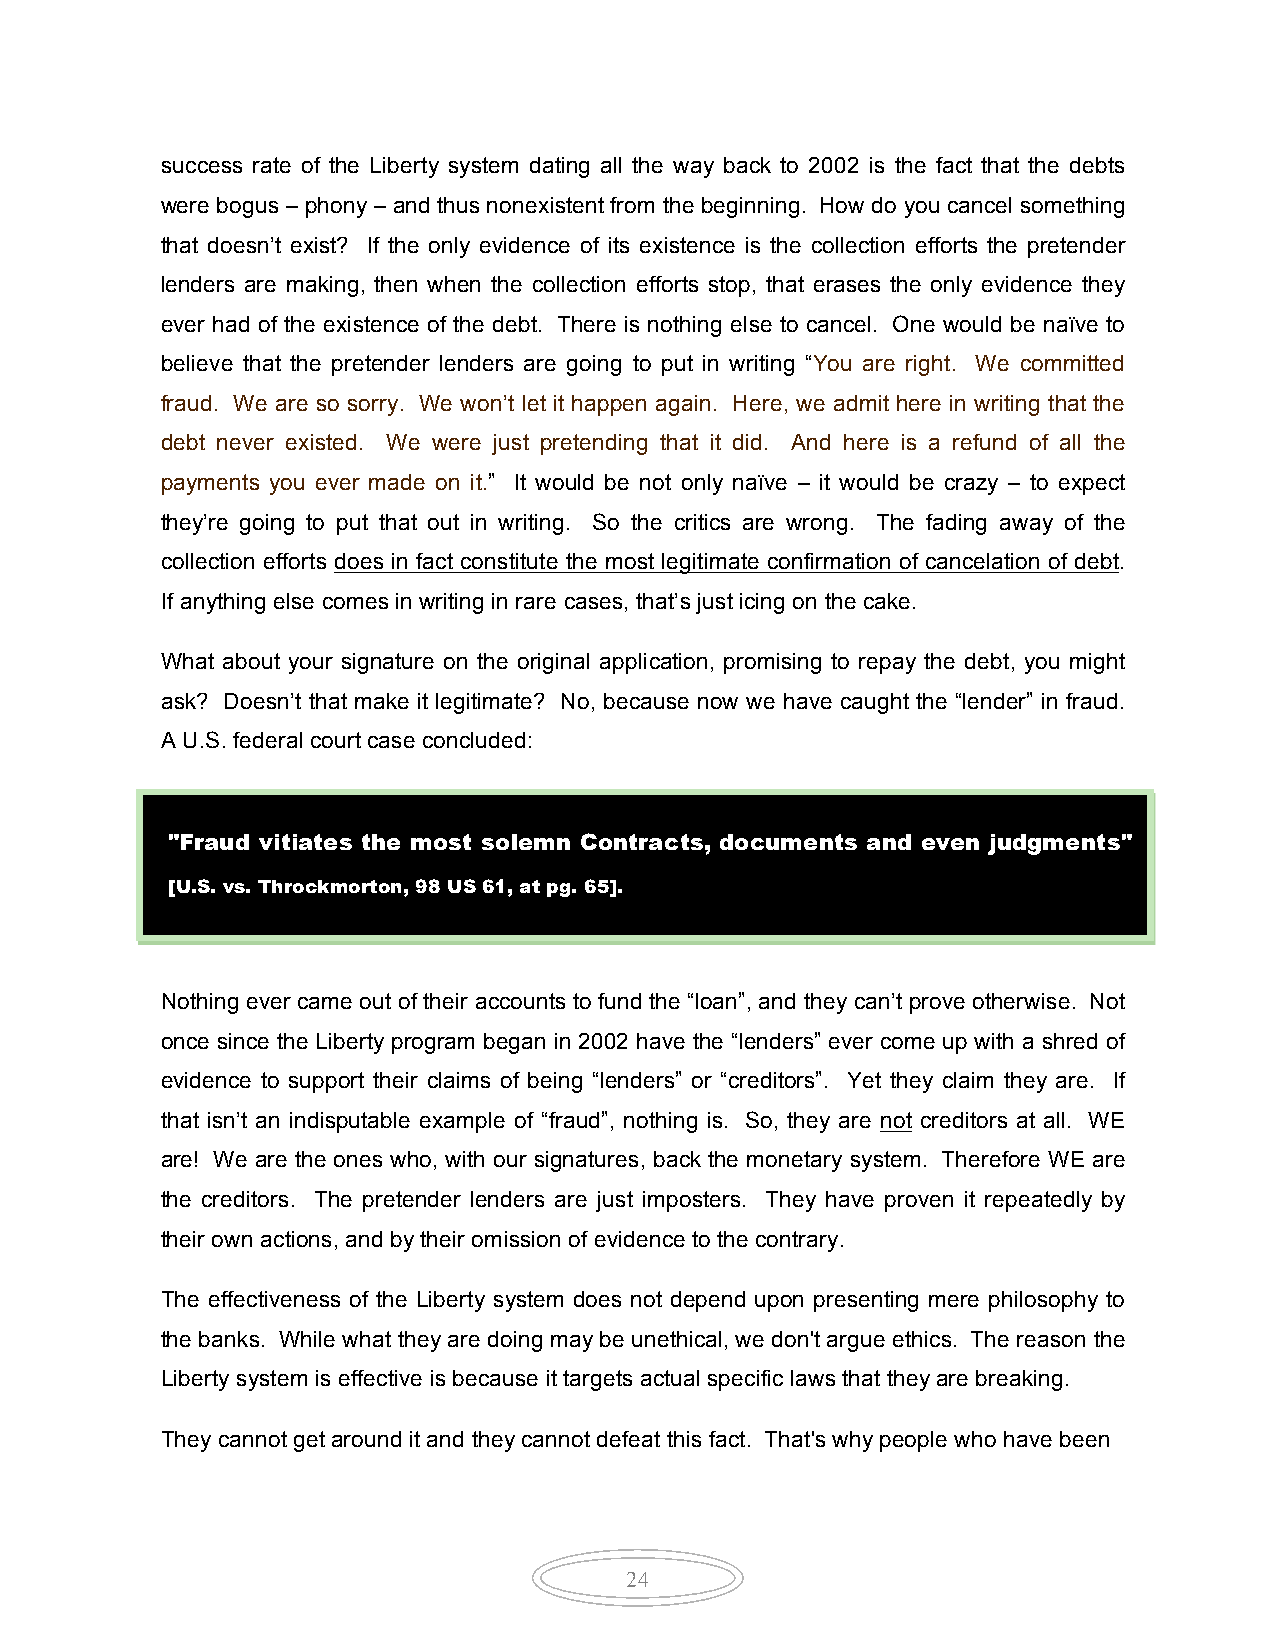
success rate of the Liberty system dating all the way back to 2002 is the fact that the debts
 were bogus – phony – and thus nonexistent from the beginning. How do you cancel something
 that doesn’t exist? If the only evidence of its existence is the collection efforts the pretender
 lenders are making, then when the collection efforts stop, that erases the only evidence they
 ever had of the existence of the debt. There is nothing else to cancel. One would be naïve to
 believe that the pretender lenders are going to put in writing “You are right. We committed
 fraud. We are so sorry. We won’t let it happen again. Here, we admit here in writing that the
 debt never existed. We were just pretending that it did. And here is a refund of all the
 payments you ever made on it.” It would be not only naïve – it would be crazy – to expect
 they’re going to put that out in writing. So the critics are wrong. The fading away of the
 collection efforts does in fact constitute the most legitimate confirmation of cancelation of debt.
 If anything else comes in writing in rare cases, that’s just icing on the cake.
 What about your signature on the original application, promising to repay the debt, you might
 ask? Doesn’t that make it legitimate? No, because now we have caught the “lender” in fraud.
 A U.S. federal court case concluded:
 "Fraud vitiates the most solemn Contracts, documents and even judgments"
 [U.S. vs. Throckmorton, 98 US 61, at pg. 65].
 Nothing ever came out of their accounts to fund the “loan”, and they can’t prove otherwise. Not
 once since the Liberty program began in 2002 have the “lenders” ever come up with a shred of
 evidence to support their claims of being “lenders” or “creditors”. Yet they claim they are. If
 that isn’t an indisputable example of “fraud”, nothing is. So, they are not creditors at all. WE
 are! We are the ones who, with our signatures, back the monetary system. Therefore WE are
 the creditors. The pretender lenders are just imposters. They have proven it repeatedly by
 their own actions, and by their omission of evidence to the contrary.
 The effectiveness of the Liberty system does not depend upon presenting mere philosophy to
 the banks. While what they are doing may be unethical, we don't argue ethics. The reason the
 Liberty system is effective is because it targets actual specific laws that they are breaking.
 They cannot get around it and they cannot defeat this fact. That's why people who have been
 24